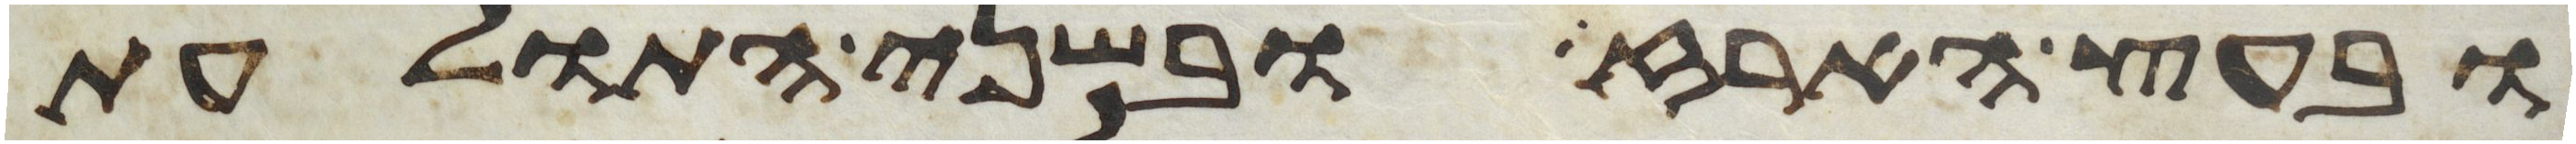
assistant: ובעץ הארז ובשני התולעת